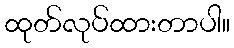
ထုတ်လုပ်ထားတာပါ။